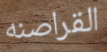
القراصنه